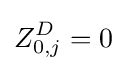
Z_{0,j}^{D}=0